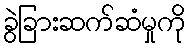
ခွဲခြားဆက်ဆံမှုကို